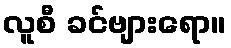
လူစီ ခင်ဗျားရော။